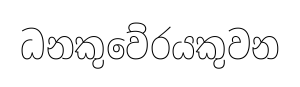
ධනකුවේරයකුවන